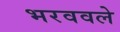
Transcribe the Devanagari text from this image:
भरववले